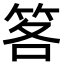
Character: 笿